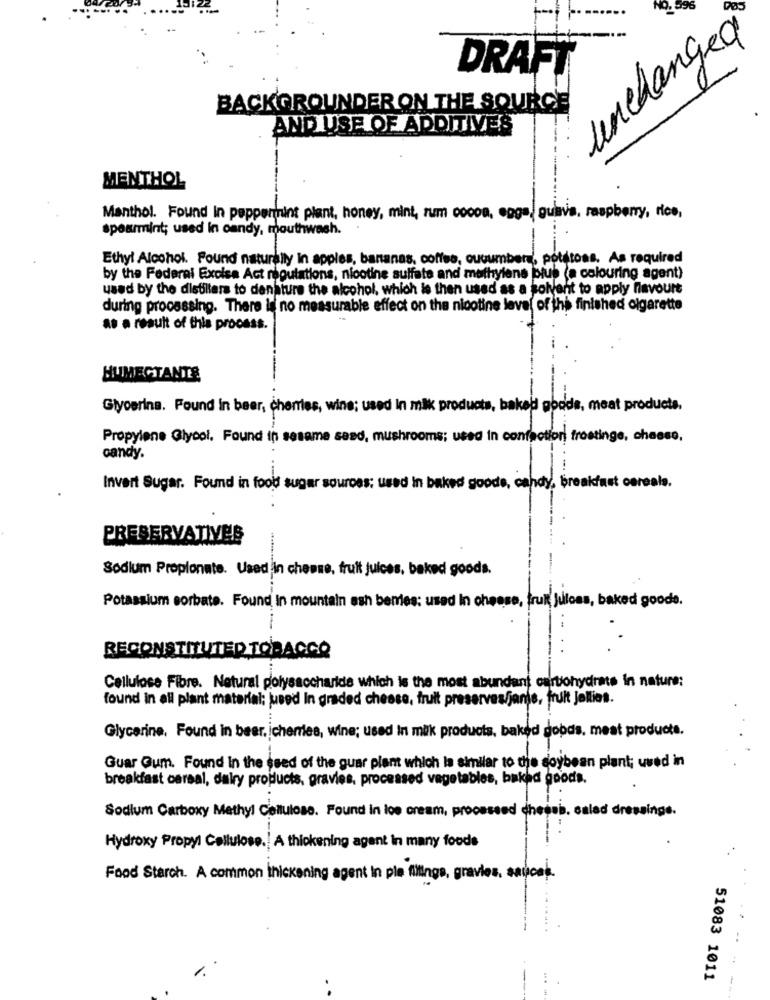
unchanged
DRAFT
BACKGROUNDER ON THE SOURCE
AND USE OF ADDITIVES
MENTHOL
Manthol. Found In peppermint plant, honey, mint, rum cocon, eggs guavis, raspberry, rice,
spearmint; used in candy, mouthwash.
Ethyl Alcohol. Found naturally in apples, bananas, coffee, cucumbers, potatoes. As required
by the Federal Excise Act regulations, nicotine sulfate and methylene bius (a colouring agent)
used by the distillers to danature the alcohol, which is then used as a solvent to apply flavoure
during processing. There is no measurable effect on the nicotine level of the finished olgarette
as a result of this process.
HUMECTANTE
Glycerine. Found in beer, cherries, wins; used In milk products, baked goods, meat products.
Propylene Glycol. Found in sesame seed, mushrooms; used in confaction, frostinge, cheese,
candy.
Invert Sugar. Found in food sugar sources: used In baked goods, candy, breakfast core
als.
PRESERVATIVES
Sodium Propionate. Used in cheese, fruit juices, baked goods.
Potassium sorbate. Found in mountain ash benles: used In cheese, frukt juloss, baked goods.
RECONSTITUTED TOBACCO
Cellulose Fibre. Natural polysaccharide which is the most abundant cartohydrate in nature:
found in all plant material; used In graded cheese, fruit preserves/janis, fruit Jellies.
Glycerine. Found in beer. icherries, wine; used In milk products, baked goods, meat products.
Guar Gum. Found In the seed of the guar plant which la similar to the soybean plant; uwed in
breakfast cereal, dairy products, gravies, processed vegetables, baked goods.
Sodium Carboxy Methyl Cellulose. Found in loe cream, processed chessb. salad dressinge.
Hydroxy Propyl Cellulose.| A thickening agent in many foods
Food Starch. A common thickening agent in pie fillings, gravies, saucek.
1.
51083 1011